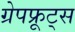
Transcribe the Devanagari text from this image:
ग्रेपफ्रूट्स